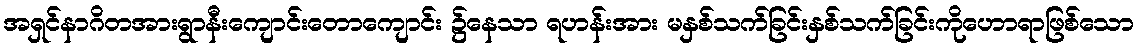
အရှင်နာဂိတအားရွာနီးကျောင်းတောကျောင်း ၌နေသာ ရဟန်းအား မနှစ်သက်ခြင်းနှစ်သက်ခြင်းကိုဟောရာဖြစ်သော